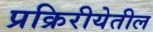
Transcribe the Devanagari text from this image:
प्रक्रिरीयेतील